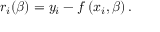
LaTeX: r _ { i } ( { \boldsymbol { \beta } } ) = y _ { i } - f \left( x _ { i } , { \boldsymbol { \beta } } \right) .